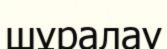
шұралау